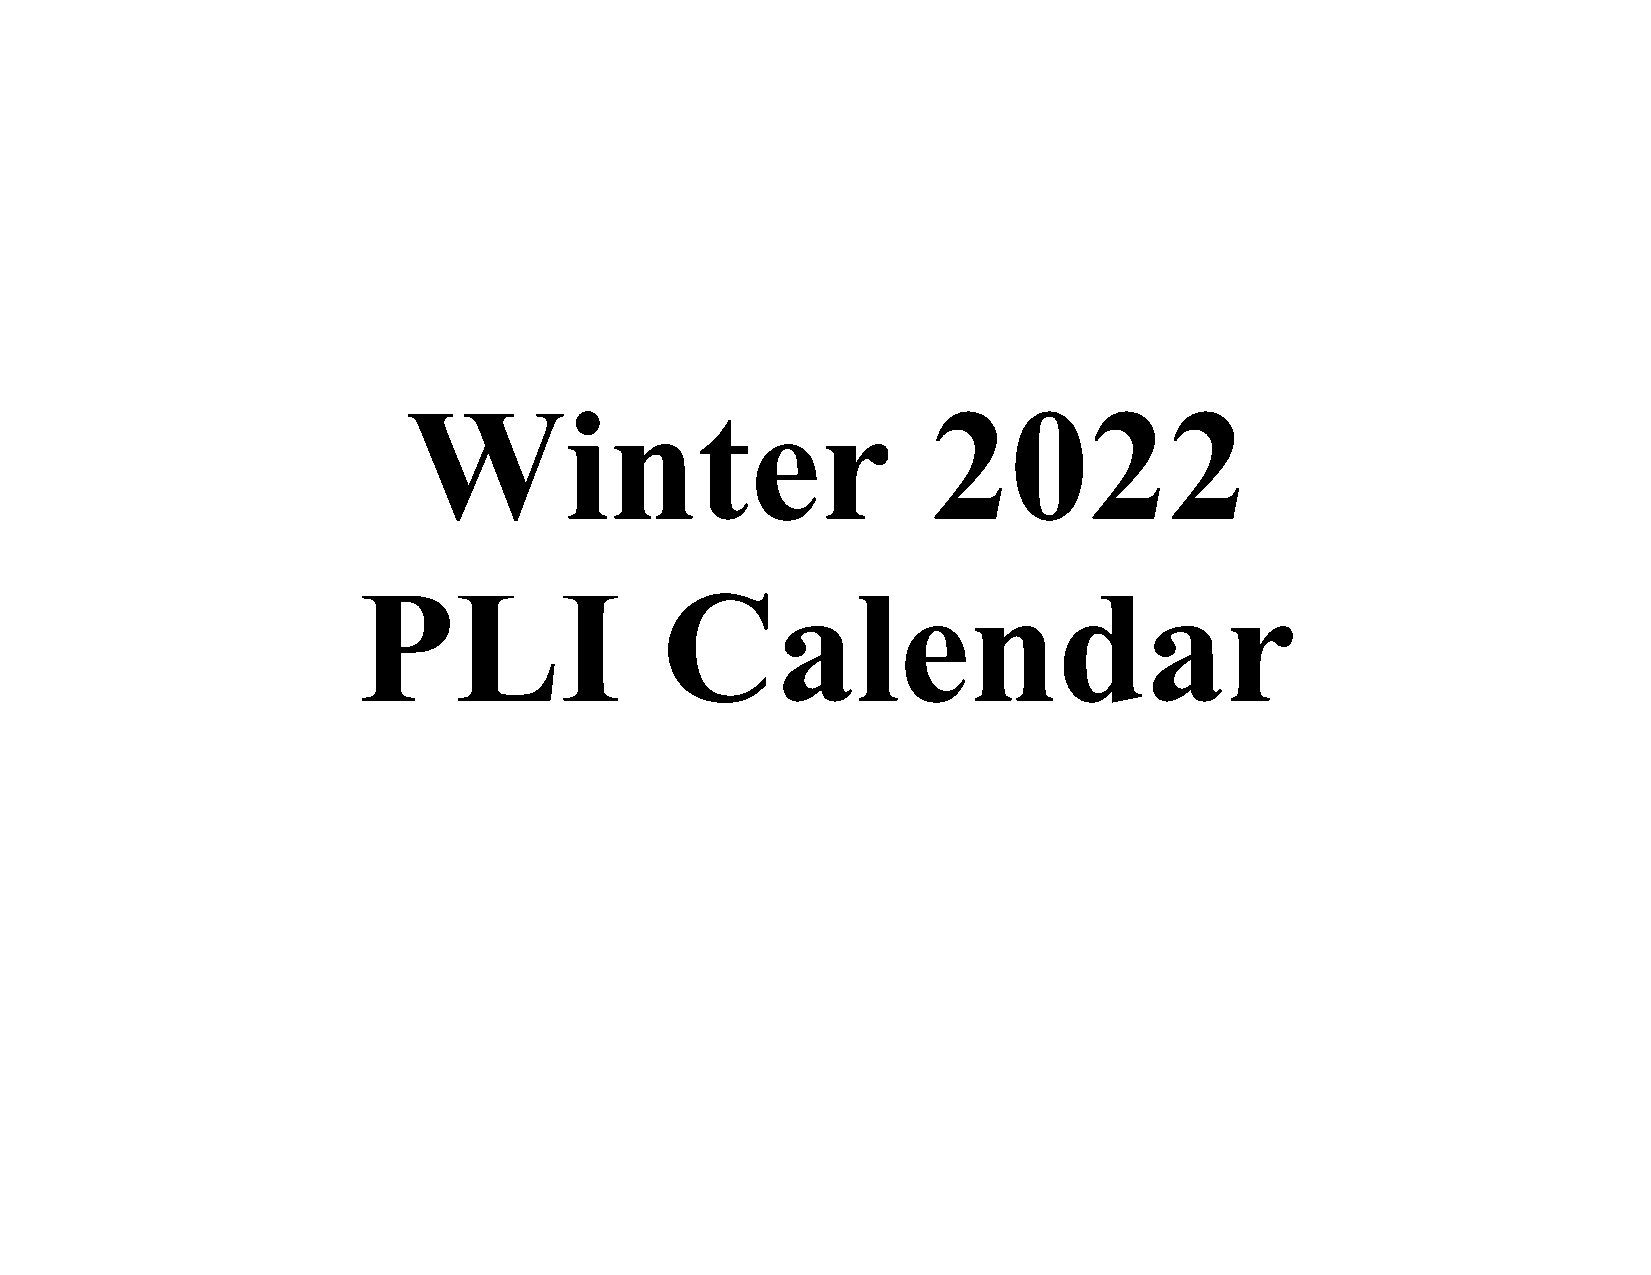
Winter                             2022
 PLI                 Calendar